Triennial report on the lunatic asylums in the province of Eastern Bengal and Assam - 1903-1911
Year: 1903
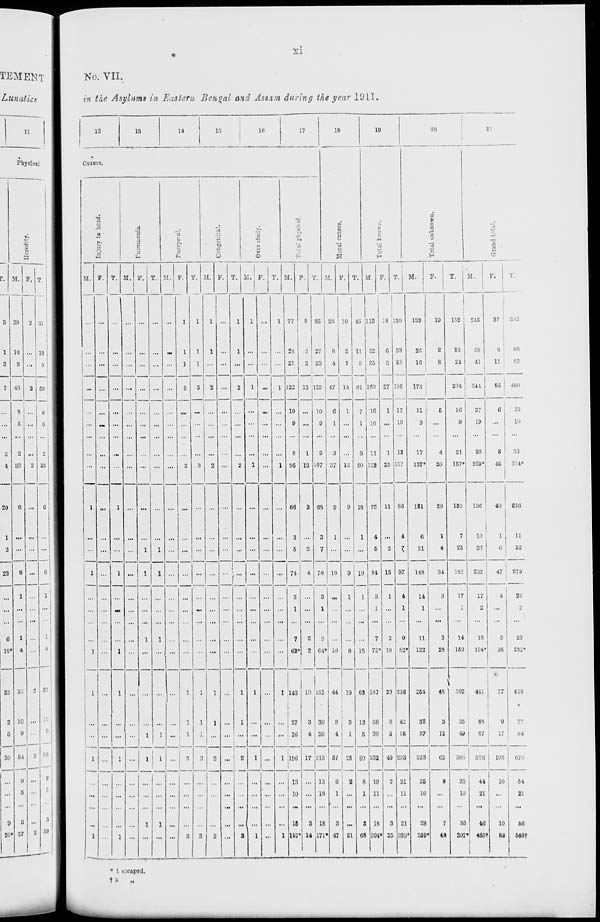
xi
No. VII.
in the Asylums in Eastern Bengal and Assam during the year 1911.
12
13
14
15
16
17
Causes.
Injury to head.
M.
...
...
...
...
...
...
...
...
...
1
...
...
1
...
...
...
...
1
1
...
...
1
...
...
...
...
1
F.
...
...
...
...
...
...
...
...
...
...
...
...
...
...
...
...
...
...
...
...
...
...
...
...
...
...
...
T.
...
...
...
...
...
...
...
...
...
1
...
...
1
...
...
...
...
1
1
...
...
1
...
...
...
...
1
Pneumonia.
M.
...
...
...
...
...
...
...
...
...
...
...
...
...
...
...
...
...
...
...
...
...
...
...
...
...
...
...
F.
...
...
...
...
...
...
...
...
...
...
...
1
1
...
...
...
1
...
...
...
1
1
...
...
...
1
...
T.
...
...
...
...
...
...
...
...
...
...
...
1
1
...
...
...
1
...
...
...
1
1
...
...
...
1
...
Puerperal.
M.
...
...
...
...
...
...
...
...
...
...
...
...
...
...
...
...
...
...
...
...
...
...
...
...
...
...
...
F.
1
1
1
3
...
...
...
...
3
...
...
...
...
...
...
...
...
...
1
1
1
3
...
...
...
...
3
T.
1
1
1
3
...
...
...
...
3
...
...
...
...
...
...
...
...
...
1
1
1
3
...
...
...
...
3
Congenital.
M.
1
1
...
2
...
...
...
...
2
...
...
...
...
...
...
...
...
...
1
1
...
2
...
...
...
...
2
F.
...
...
...
...
...
...
...
...
...
...
...
...
...
...
...
...
...
...
...
...
...
...
...
...
...
...
...
T.
1
1
...
2
...
...
...
...
2
...
...
...
...
...
...
...
...
...
1
1
...
2
...
...
...
...
2
Over study.
M.
1
...
...
1
...
...
...
...
1
...
...
...
...
...
...
...
...
...
1
...
...
1
...
...
...
...
1
F.
...
...
...
...
...
...
...
...
...
...
...
...
...
...
...
...
...
...
...
...
...
...
...
...
...
...
...
T.
1
...
...
1
...
...
...
...
1
...
...
...
...
...
...
...
...
...
1
...
...
1
...
...
...
...
1
Total physical.
M.
77
24
21
122
10
9
...
8
95
66
3
5
74
3
1
...
7
62*
143
27
26
196
13
10
...
15
157*
F.
8
3
2
13
...
...
...
1
12
2
...
2
4
...
...
...
2
2
10
3
4
17
...
...
...
3
14
T.
85
27
23
135
10
9
...
9
107
68
3
7
78
3
1
...
9
64*
153
30
30
213
13
10
...
18
171*
18
Moral causes.
M.
35
8
4
47
6
1
...
3
37
9
1
...
10
...
...
...
...
10
44
9
4
57
6
1
...
3
47
F.
10
3
1
14
1
...
...
...
13
9
...
...
9
1
...
...
...
8
19
3
1
23
2
...
...
...
21
T.
45
11
5
61
7
1
...
3
50
18
1
...
19
1
...
...
...
18
63
12
5
80
8
1
...
3
68
19
Total known.
M.
112
32
25
169
16
10
...
11
132
75
4
5
84
3
1
...
7
72*
187
36
30
253
19
11
...
18
204*
F.
18
6
3
27
1
...
...
1
25
11
...
2
13
1
...
...
2
10
29
6
5
40
2
...
...
3
35
T.
130
38
28
196
17
10
...
12
157
86
4
7
97
4
1
...
9
82*
216
42
35
293
21
11
...
21
239*
20
Total unknown.
M.
133
26
16
175
11
9
...
17
137*
121
6
21
148
14
1
...
11
122
254
32
37
323
25
10
...
28
259*
F.
19
2
8
28
5
...
...
4
20
29
1
4
34
3
...
...
3
28
48
3
12
63
8
...
...
7
49
T.
152
28
24
204
16
9
...
21
157*
150
7
25
182
17
1
...
14
150
302
35
49
386
33
10
...
35
307*
21
Grand total.
M.
245
58
41
344
27
19
...
28
269*
196
10
26
232
17
2
...
18
194*
441
68
67
576
44
21
...
46
463†
F.
37
8
11
56
6
...
...
5
45
40
1
6
47
4
...
...
5
38
77
9
17
103
10
...
...
10
83
T.
282
66
52
400
33
19
...
33
314*
236
11
32
279
31
2
...
23
232*
518
77
84
679
54
21
...
56
546†
* 1 escaped.
† 2 „